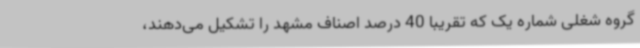
گروه شغلی شماره یک که تقریبا 40 درصد اصناف مشهد را تشکیل می‌دهند،